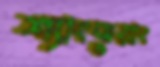
শ্যাংঝুয়াং